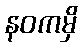
နဝကမှိ